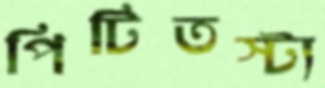
পিটিতস্ট্য